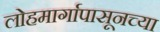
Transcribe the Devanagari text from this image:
लोहमार्गापासूनच्या